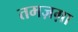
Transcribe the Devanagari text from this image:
तमज़ग़ा